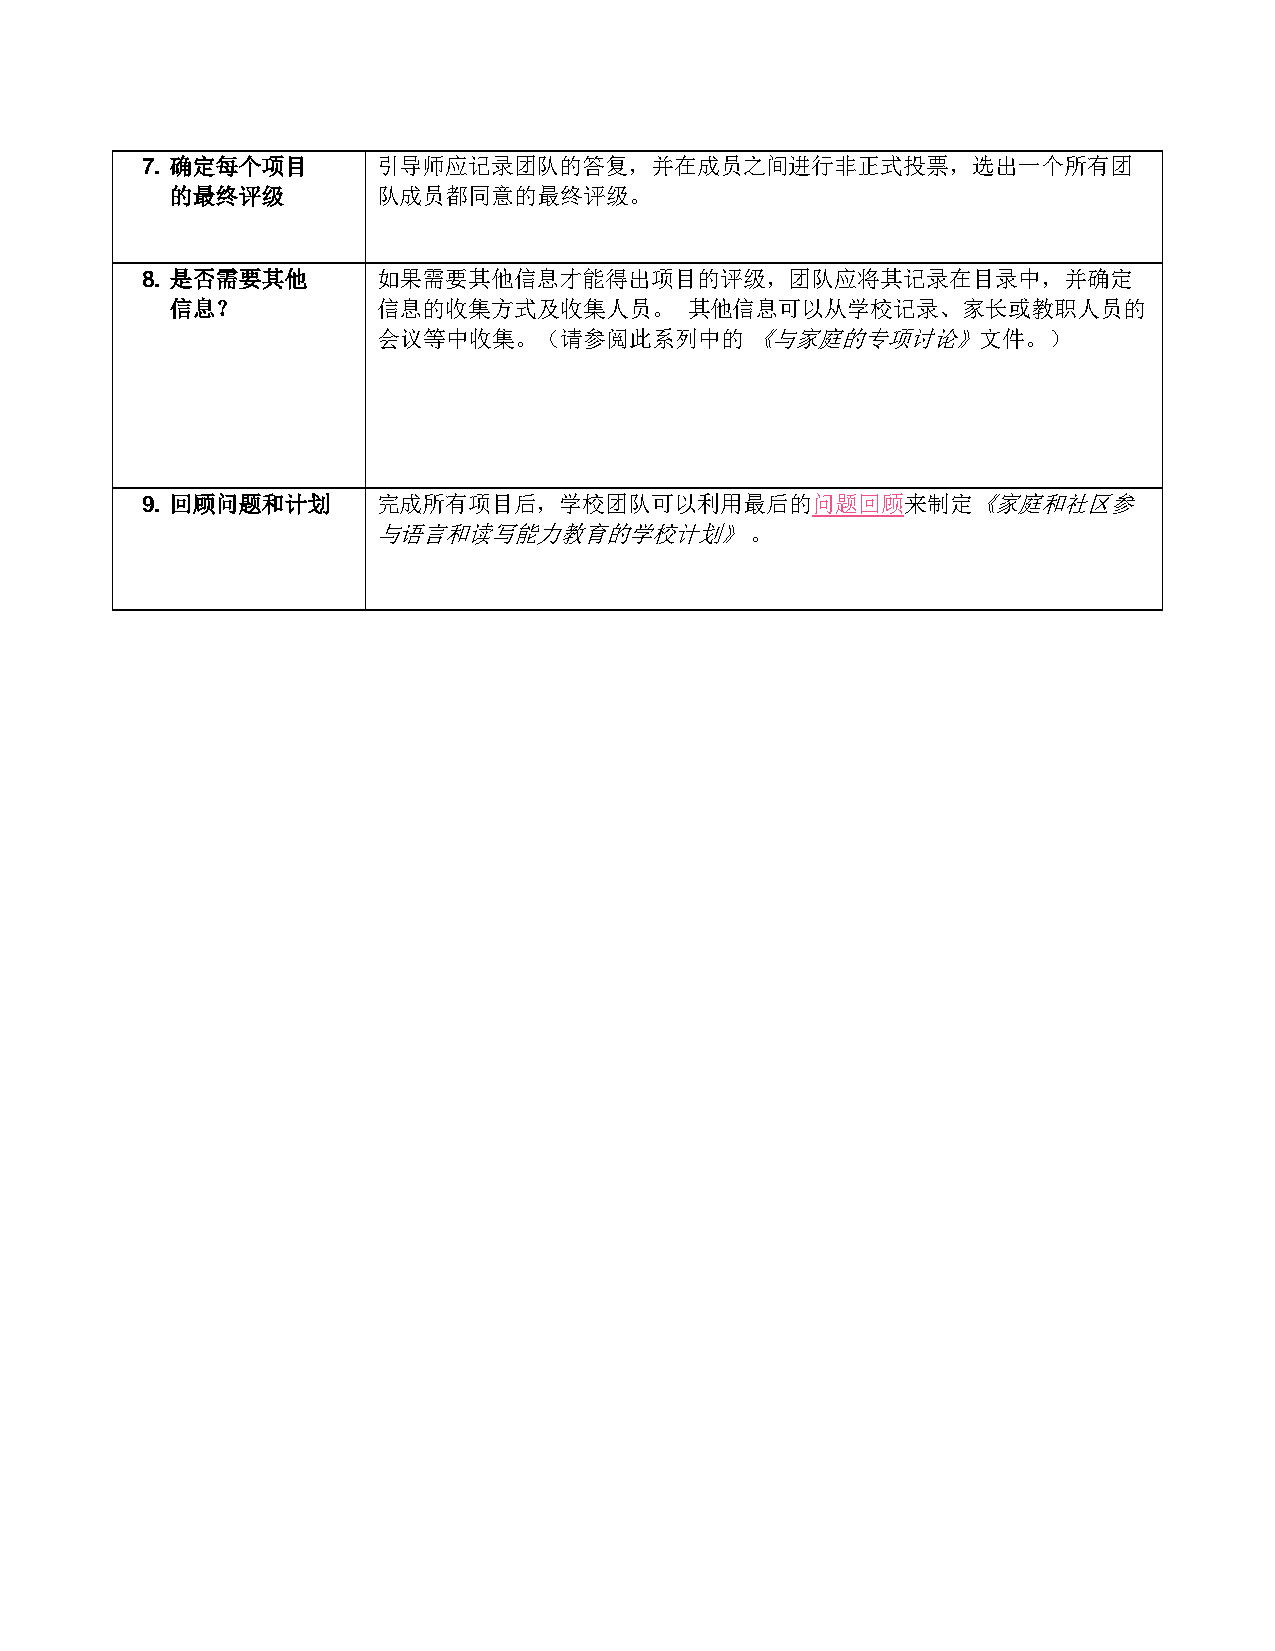
7. 确定每个项目       引导师应记录团队的答复，并在成员之间进行非正式投票，选出一个所有团
 的最终评级         队成员都同意的最终评级。
 8. 是否需要其他       如果需要其他信息才能得出项目的评级，团队应将其记录在目录中，并确定
 信息？           信息的收集方式及收集人员。        其他信息可以从学校记录、家长或教职人员的
 会议等中收集。（请参阅此系列中的         《与家庭的专项讨论》文件。）
 9. 回顾问题和计划      完成所有项目后，学校团队可以利用最后的问题回顾来制定《家庭和社区参
 与语言和读写能力教育的学校计划》         。